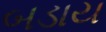
બડાય